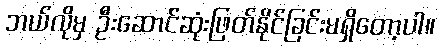
ဘယ်လိုမှ ဦးဆောင်ဆုံးဖြတ်နိုင်ခြင်းမရှိတော့ပါ။